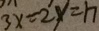
3 x - 2 y = 1 7